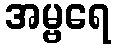
အမ္ဗရေ